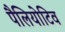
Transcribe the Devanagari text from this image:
पैलियोटिव